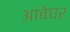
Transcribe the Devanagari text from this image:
आंबेघर